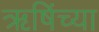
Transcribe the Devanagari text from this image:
ऋषिंच्या